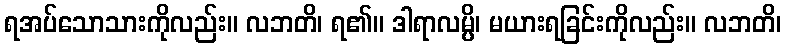
ရအပ်သောသားကိုလည်း။ လဘတိ၊ ရ၏။ ဒါရာလမ္ပိ၊ မယားရခြင်းကိုလည်း။ လဘတိ၊